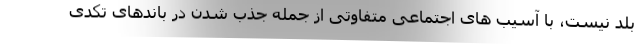
بلد نیست، با آسیب های اجتماعی متفاوتی از جمله جذب شدن در باندهای تکدی